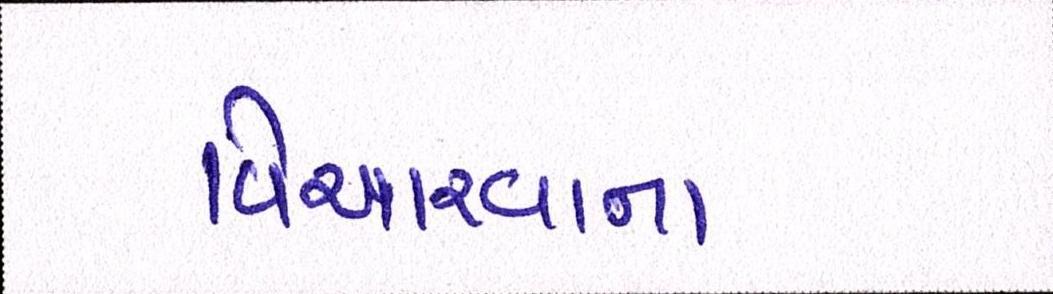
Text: વિચારવાના